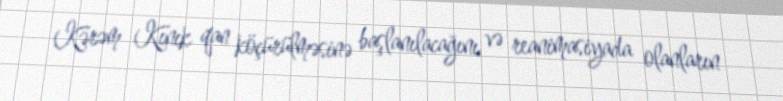
Kərəm Kınık qan köçürülməsinə başlanılacağını və reanimasiyada olanların